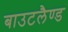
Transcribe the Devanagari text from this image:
बाउटलैण्ड